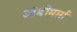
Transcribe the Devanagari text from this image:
ऑडीमार्स